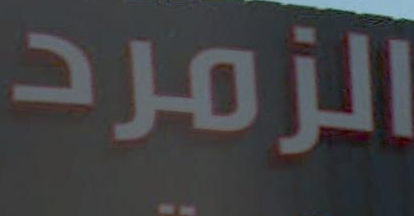
الزمرد